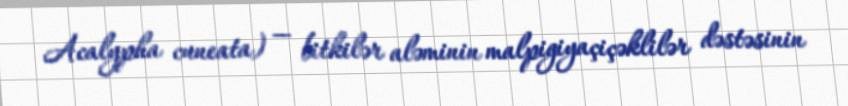
Acalypha cuneata) — bitkilər aləminin malpigiyaçiçəklilər dəstəsinin